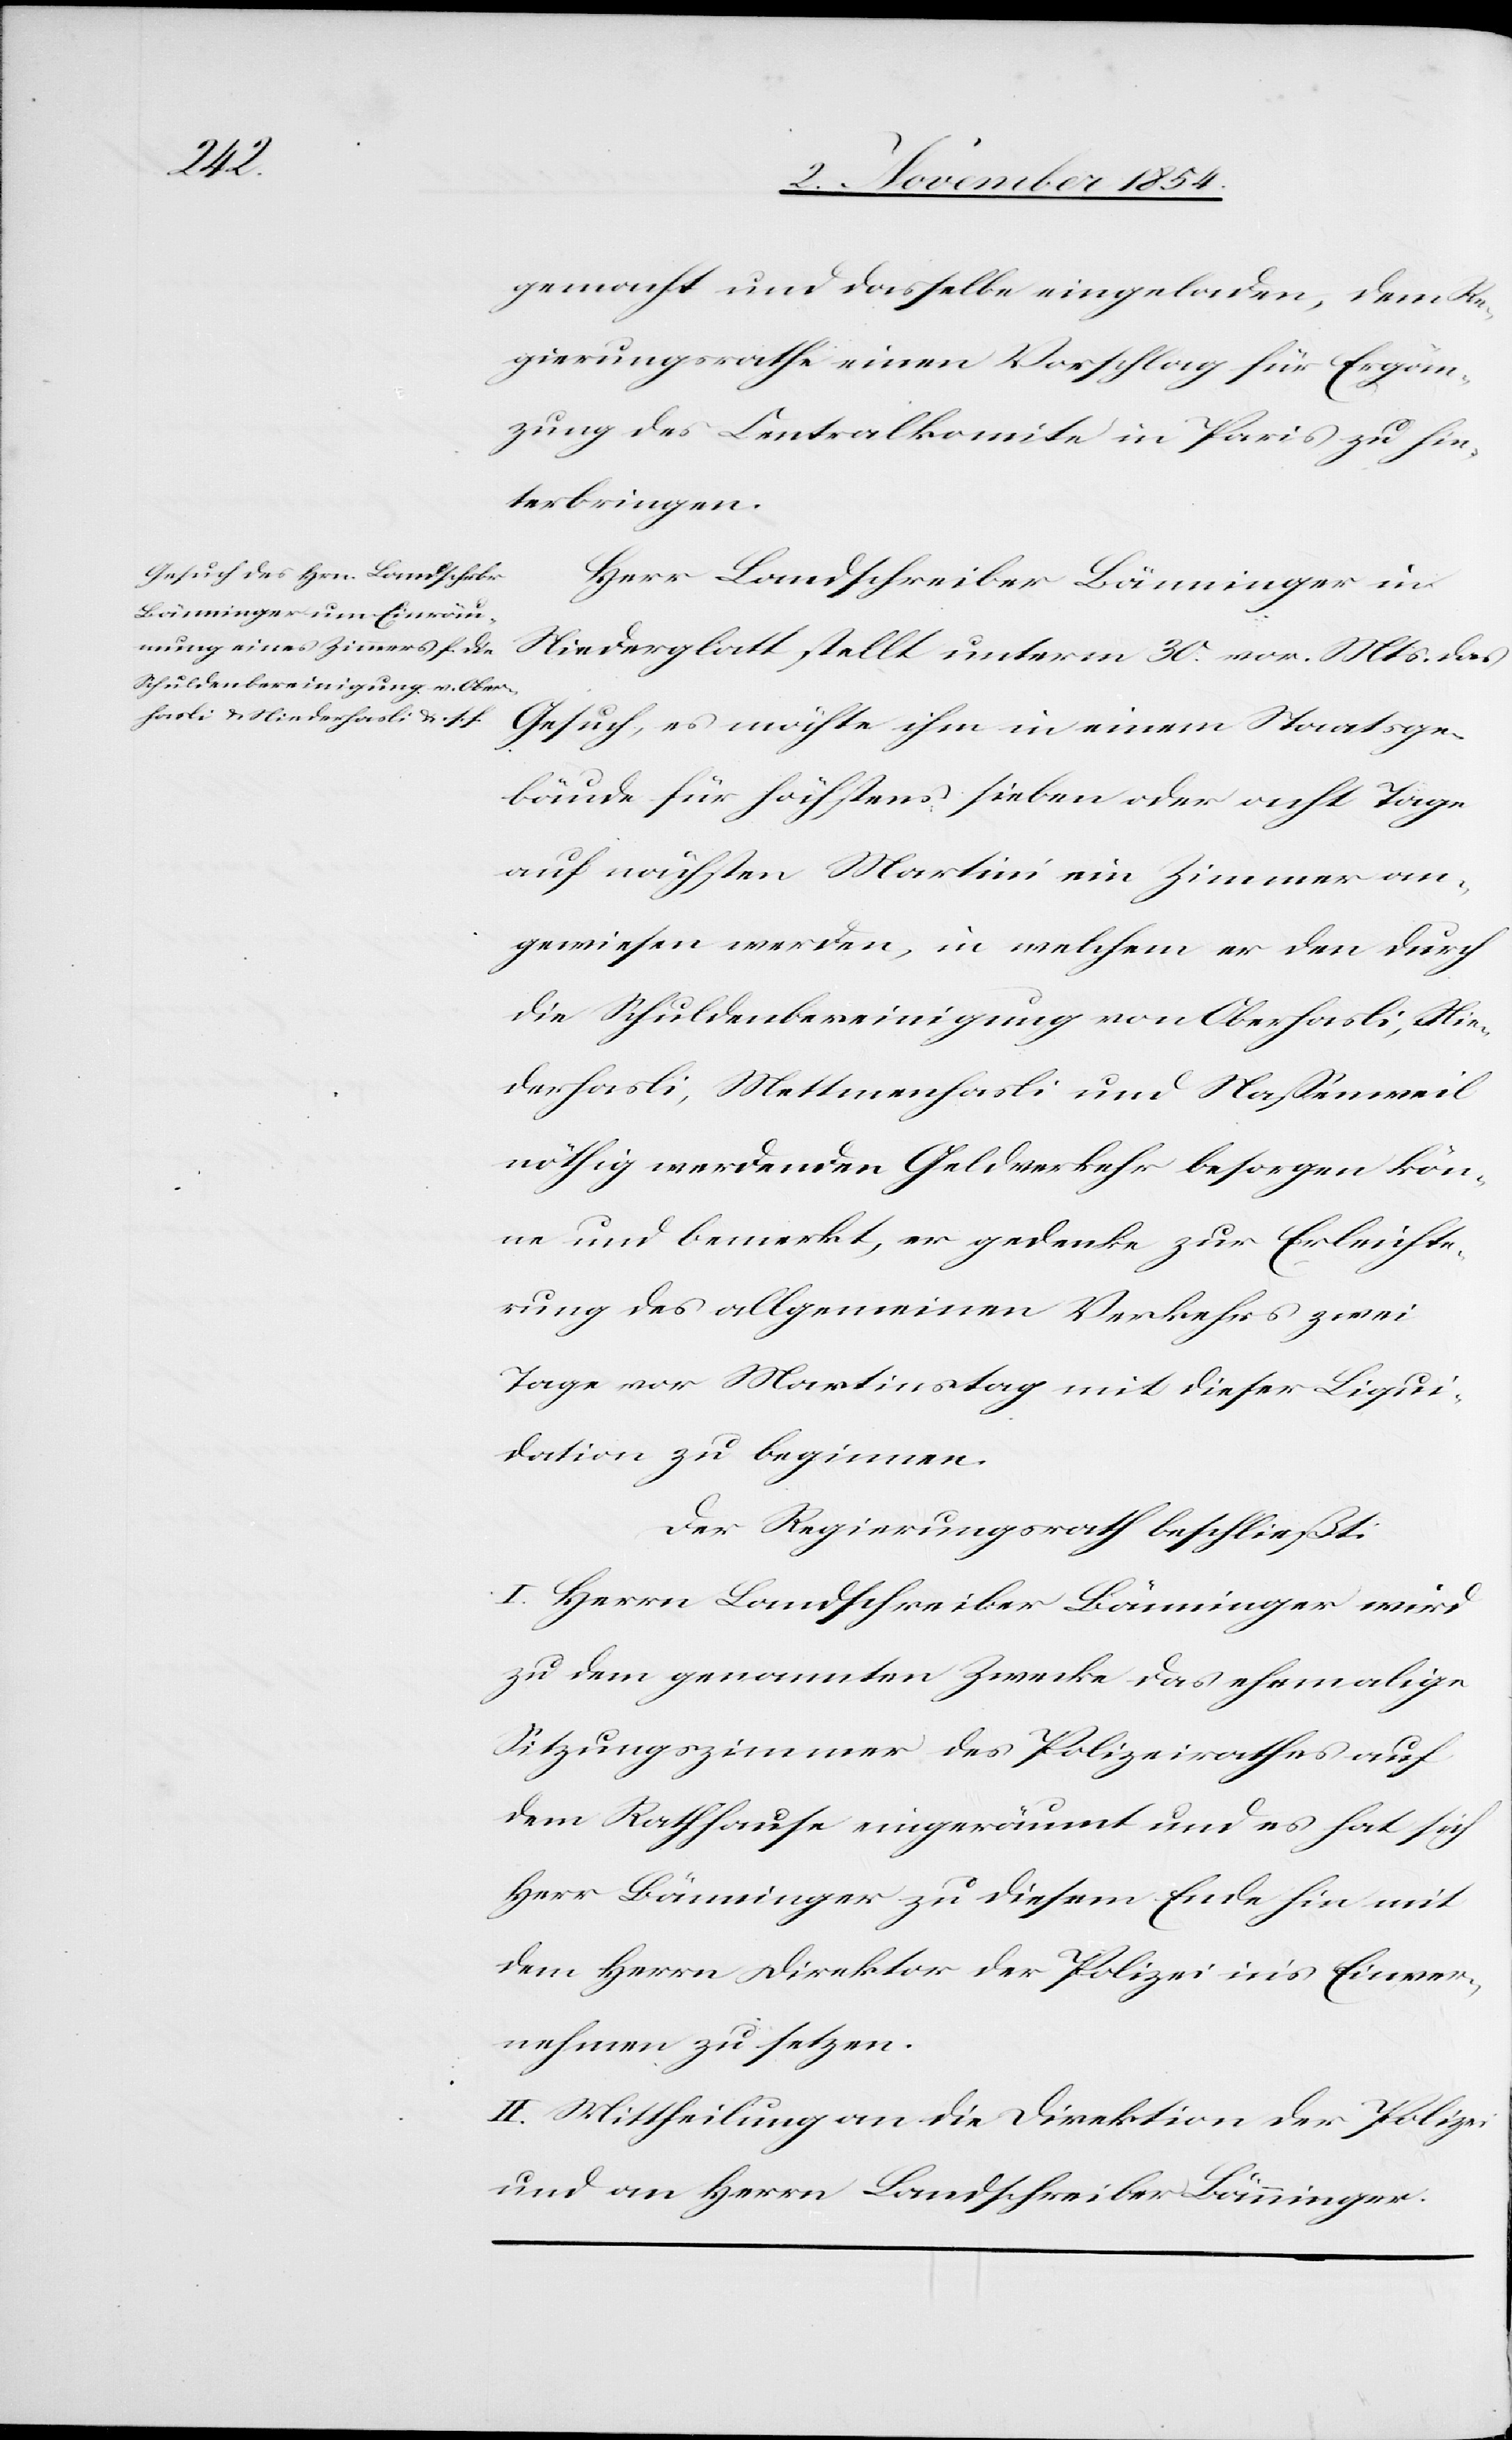
gemacht und dasselbe eingeladen, dem Re¬
gierungsrathe einen Vorschlag für Ergän¬
zung des Centralkomite in Paris zu hin¬
terbringen.
Herr Landschreiber Bänninger in
Niederglatt stellt unterm 30. vor. Mts. das
Gesuch, es möchte ihm in einem Staatsge¬
bäude für höchstens sieben oder acht Tage
auf nächsten Martini ein Zimmer an¬
gewiesen werden, in welchem er den durch
die Schuldenbereinigung von Oberhasli, Nie¬
derhasli, Mettmenhasli und Naßenweil
nöthig werdenden Geldverkehr besorgen kön¬
ne und bemerkt, er gedenke zur Erleichte¬
rung des allgemeinen Verkehrs zwei
Tage vor Martinstag mit dieser Liqui¬
dation zu beginnen.
Der Regierungsrath beschließt:
I. Herr Landschreiber Bänninger wird
zu dem genannten Zwecke das ehemalige
Sitzungszimmer des Polizeirathes auf
dem Rathhause eingeräumt und es hat sich
Herr Bänninger zu diesem Ende hin mit
dem Herrn Direktor der Polizei in’s Einver¬
nehmen zu setzen.
II. Mittheilung an die Direktion der Polizei
und an Herrn Landschreiber Bänninger.